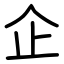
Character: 企